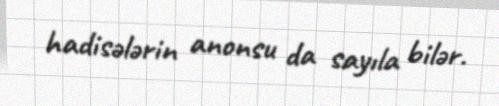
hadisələrin anonsu da sayıla bilər.